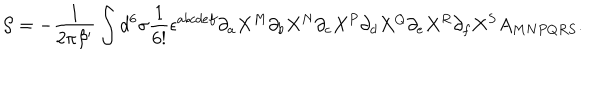
LaTeX: { \cal S } = - { \frac { 1 } { 2 \pi \beta ^ { \prime } } } \int d ^ { 6 } \sigma { \frac { 1 } { 6 ! } } \epsilon ^ { a b c d e f } \partial _ { a } X ^ { M } \partial _ { b } X ^ { N } \partial _ { c } X ^ { P } \partial _ { d } X ^ { Q } \partial _ { e } X ^ { R } \partial _ { f } X ^ { S } A _ { M N P Q R S } .